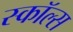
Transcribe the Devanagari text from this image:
स्कॉल्स